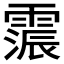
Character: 𮦩